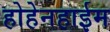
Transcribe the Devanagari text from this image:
होहेनहाईम